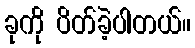
ခုကို ပိတ်ခဲ့ပါတယ်။